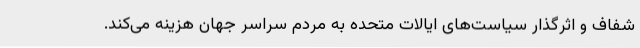
شفاف و اثرگذار سیاست‌های ایالات متحده به مردم سراسر جهان هزینه می‌کند.